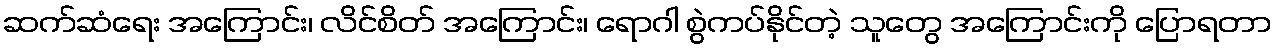
ဆက်ဆံရေး အကြောင်း၊ လိင်စိတ် အကြောင်း၊ ရောဂါ စွဲကပ်နိုင်တဲ့ သူတွေ အကြောင်းကို ပြောရတာ